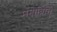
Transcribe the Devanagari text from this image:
मनोव्रित्ति